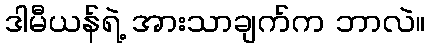
ဒါမီယန်ရဲ့ အားသာချက်က ဘာလဲ။